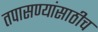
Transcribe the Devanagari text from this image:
तपासण्यांसाठीच